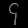
Digit: ၄